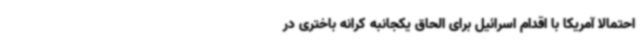
احتمالا آمریکا با اقدام اسرائیل برای الحاق یکجانبه کرانه باختری در